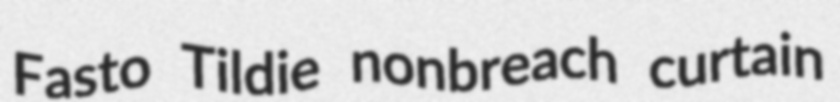
Fasto Tildie nonbreach curtain